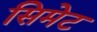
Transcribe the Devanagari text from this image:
सिमेट